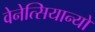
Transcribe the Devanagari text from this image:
वेनेत्सियान्यो